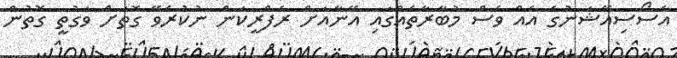
އެސޯސިއޭޝަނުގެ އެއް ވެސް މުބާރާތެއްގައި އޭނާއަށް ރެފްރީކަން ނުކުރެވޭ ގޮތަށް ވަގުތީ ގޮތުން